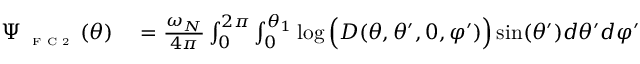
\begin{array} { r l } { \Psi _ { \textnormal { \tiny { F C 2 } } } ( \theta ) } & { { } = \frac { \omega _ { N } } { 4 \pi } \int _ { 0 } ^ { 2 \pi } \int _ { 0 } ^ { \theta _ { 1 } } \log \Big ( D ( \theta , \theta ^ { \prime } , 0 , \varphi ^ { \prime } ) \Big ) \sin ( \theta ^ { \prime } ) d \theta ^ { \prime } d \varphi ^ { \prime } } \end{array}